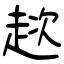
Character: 趑